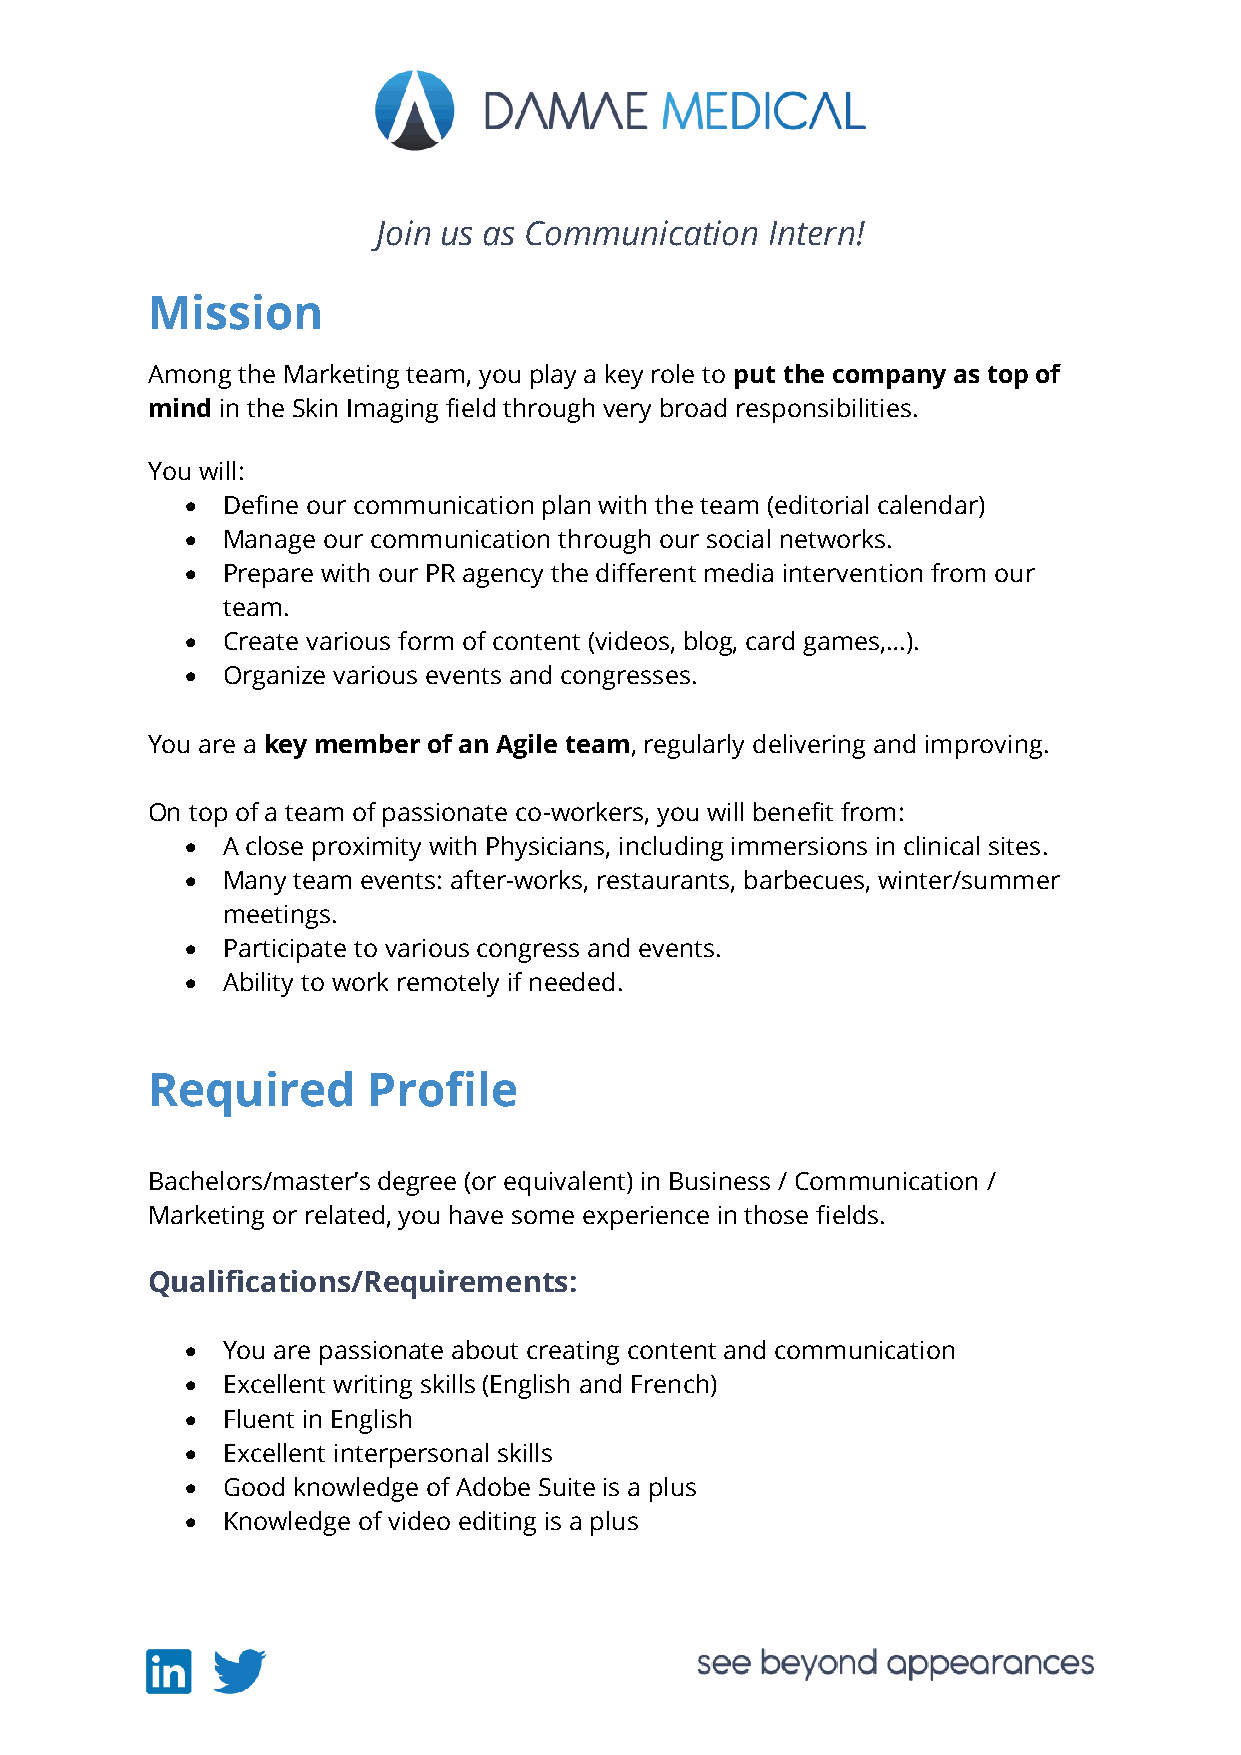
Join us as Communication  Intern!
 Mission
 Among the Marketing team, you play a key role to put the company as top of
 mind in the Skin Imaging field through very broad responsibilities.
 You will:
 •  Define our communication plan with the team (editorial calendar)
 •  Manage our communication through our social networks.
 •  Prepare with our PR agency the different media intervention from our
 team.
 •  Create various form of content (videos, blog, card games,…).
 •  Organize various events and congresses.
 You are a key member of an Agile team, regularly delivering and improving.
 On top of a team of passionate co-workers, you will benefit from:
 •  A close proximity with Physicians, including immersions in clinical sites.
 •  Many team events: after-works, restaurants, barbecues, winter/summer
 meetings.
 •  Participate to various congress and events.
 •  Ability to work remotely if needed.
 Required      Profile
 Bachelors/master’s degree (or equivalent) in Business / Communication /
 Marketing or related, you have some experience in those fields.
 Qualifications/Requirements:
 •  You are passionate about creating content and communication
 •  Excellent writing skills (English and French)
 •  Fluent in English
 •  Excellent interpersonal skills
 •  Good knowledge of Adobe Suite is a plus
 •  Knowledge of video editing is a plus